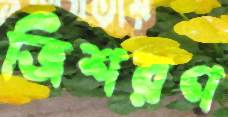
ত্রিশরণ